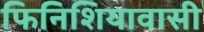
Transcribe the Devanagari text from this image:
फिनिशियावासी